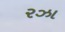
રઝા